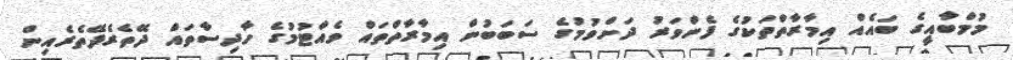
މުމްބާއީގެ ބައެއް އިމާރާތްތަކުގެ ފެންވަރު ދަށްވުމުގެ ސަބަބުން އިމާރާތްތައް ވެއްޓުމުގެ ހާދިސާތައް ދޭތެރެދޭތެރެއިން